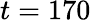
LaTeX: t=170